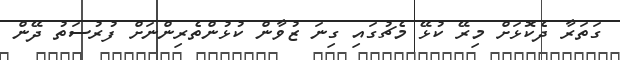
ގަތަރާ ދެކޮޅަށް މިރޭ ކުޅޭ މެޗުގައި ގިނަ ޒުވާން ކުޅުންތެރިންނަށް ފުރުސަތު ދޭން